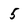
Character: 5